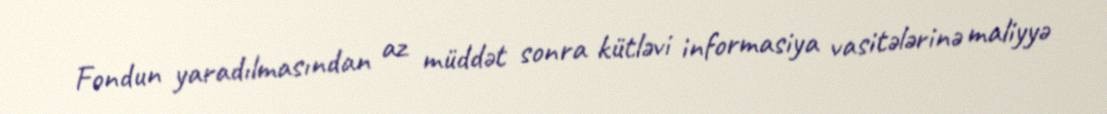
Fondun yaradılmasından az müddət sonra kütləvi informasiya vasitələrinə maliyyə